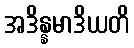
အဒိန္နမာဒိယတိ